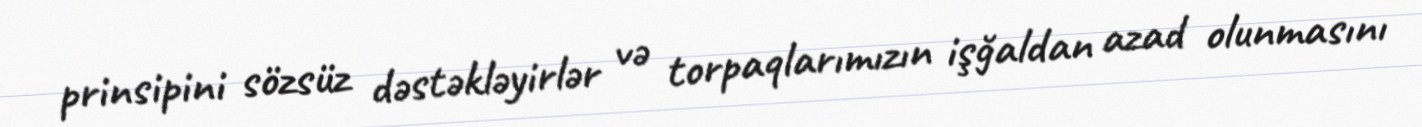
prinsipini sözsüz dəstəkləyirlər və torpaqlarımızın işğaldan azad olunmasını